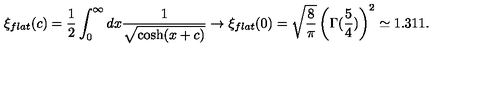
\xi _ { f l a t } ( c ) = \frac 1 2 \int _ { 0 } ^ { \infty } d x \frac { 1 } { \sqrt { \cosh ( x + c ) } } \rightarrow \xi _ { f l a t } ( 0 ) = \sqrt { \frac { 8 } { \pi } } \left( \Gamma ( \frac { 5 } { 4 } ) \right) ^ { 2 } \simeq 1 . 3 1 1 .